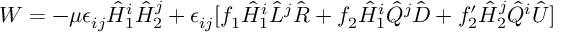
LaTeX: W = - \mu \epsilon _ { i j } \hat { H } _ { 1 } ^ { i } \hat { H } _ { 2 } ^ { j } + \epsilon _ { i j } [ f _ { 1 } \hat { H } _ { 1 } ^ { i } \hat { L } ^ { j } \hat { R } + f _ { 2 } \hat { H } _ { 1 } ^ { i } \hat { Q } ^ { j } \hat { D } + f _ { 2 } ^ { \prime } \hat { H } _ { 2 } ^ { j } \hat { Q } ^ { i } \hat { U } ]